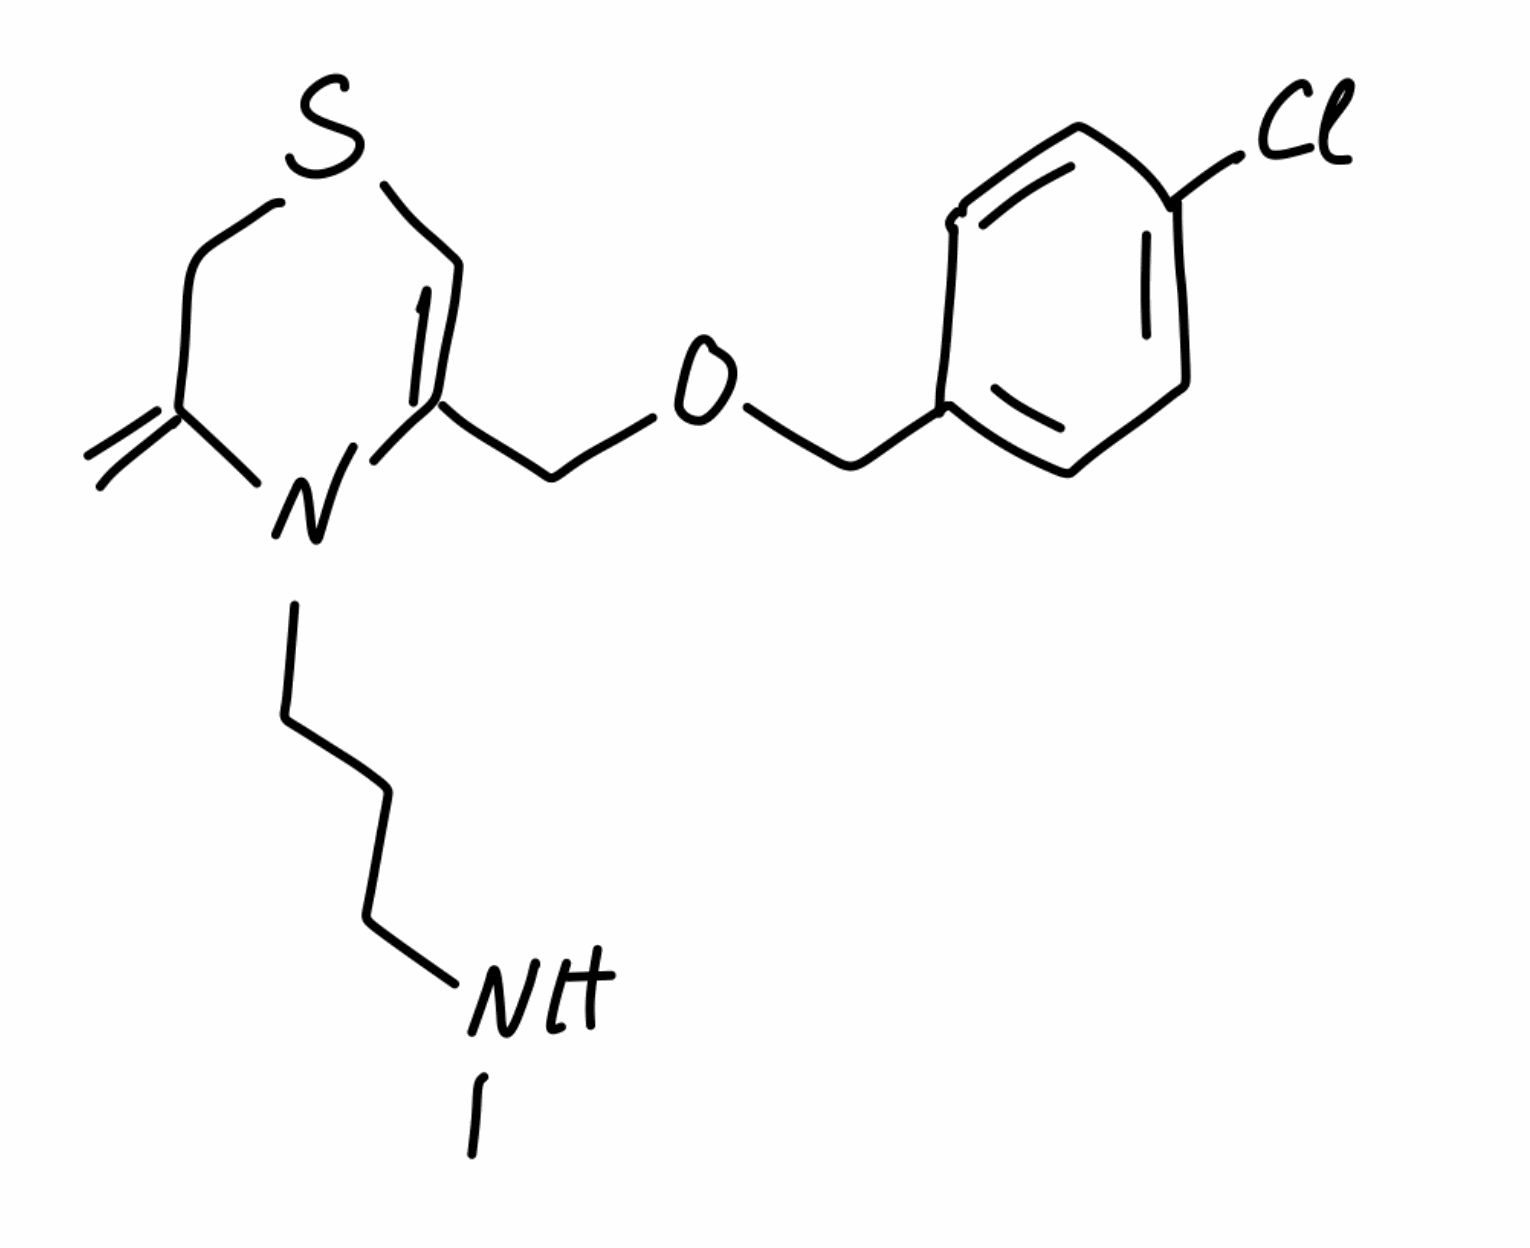
Simplified molecular-input line-entry system (SMILES) notation of the given molecule:
CNCCCN1C(=C)CSC=C1COCC2=CC=C(C=C2)Cl